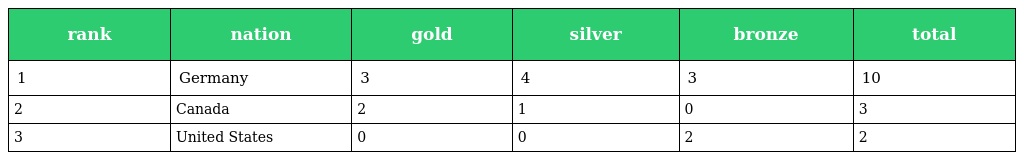
| rank | nation | gold | silver | bronze | total |
 | --- | --- | --- | --- | --- | --- |
 | 1 | Germany | 3 | 4 | 3 | 10 |
 | 2 | Canada | 2 | 1 | 0 | 3 |
 | 3 | United States | 0 | 0 | 2 | 2 |